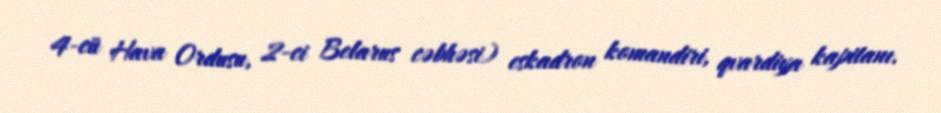
4-cü Hava Ordusu, 2-ci Belarus cəbhəsi) eskadron komandiri, qvardiya kapitanı.